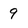
Character: 9